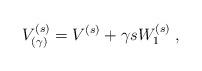
LaTeX: \begin{align*}V^{(s)}_{(\gamma)} = V^{(s)} + \gamma s W^{(s)}_1\;, \end{align*}